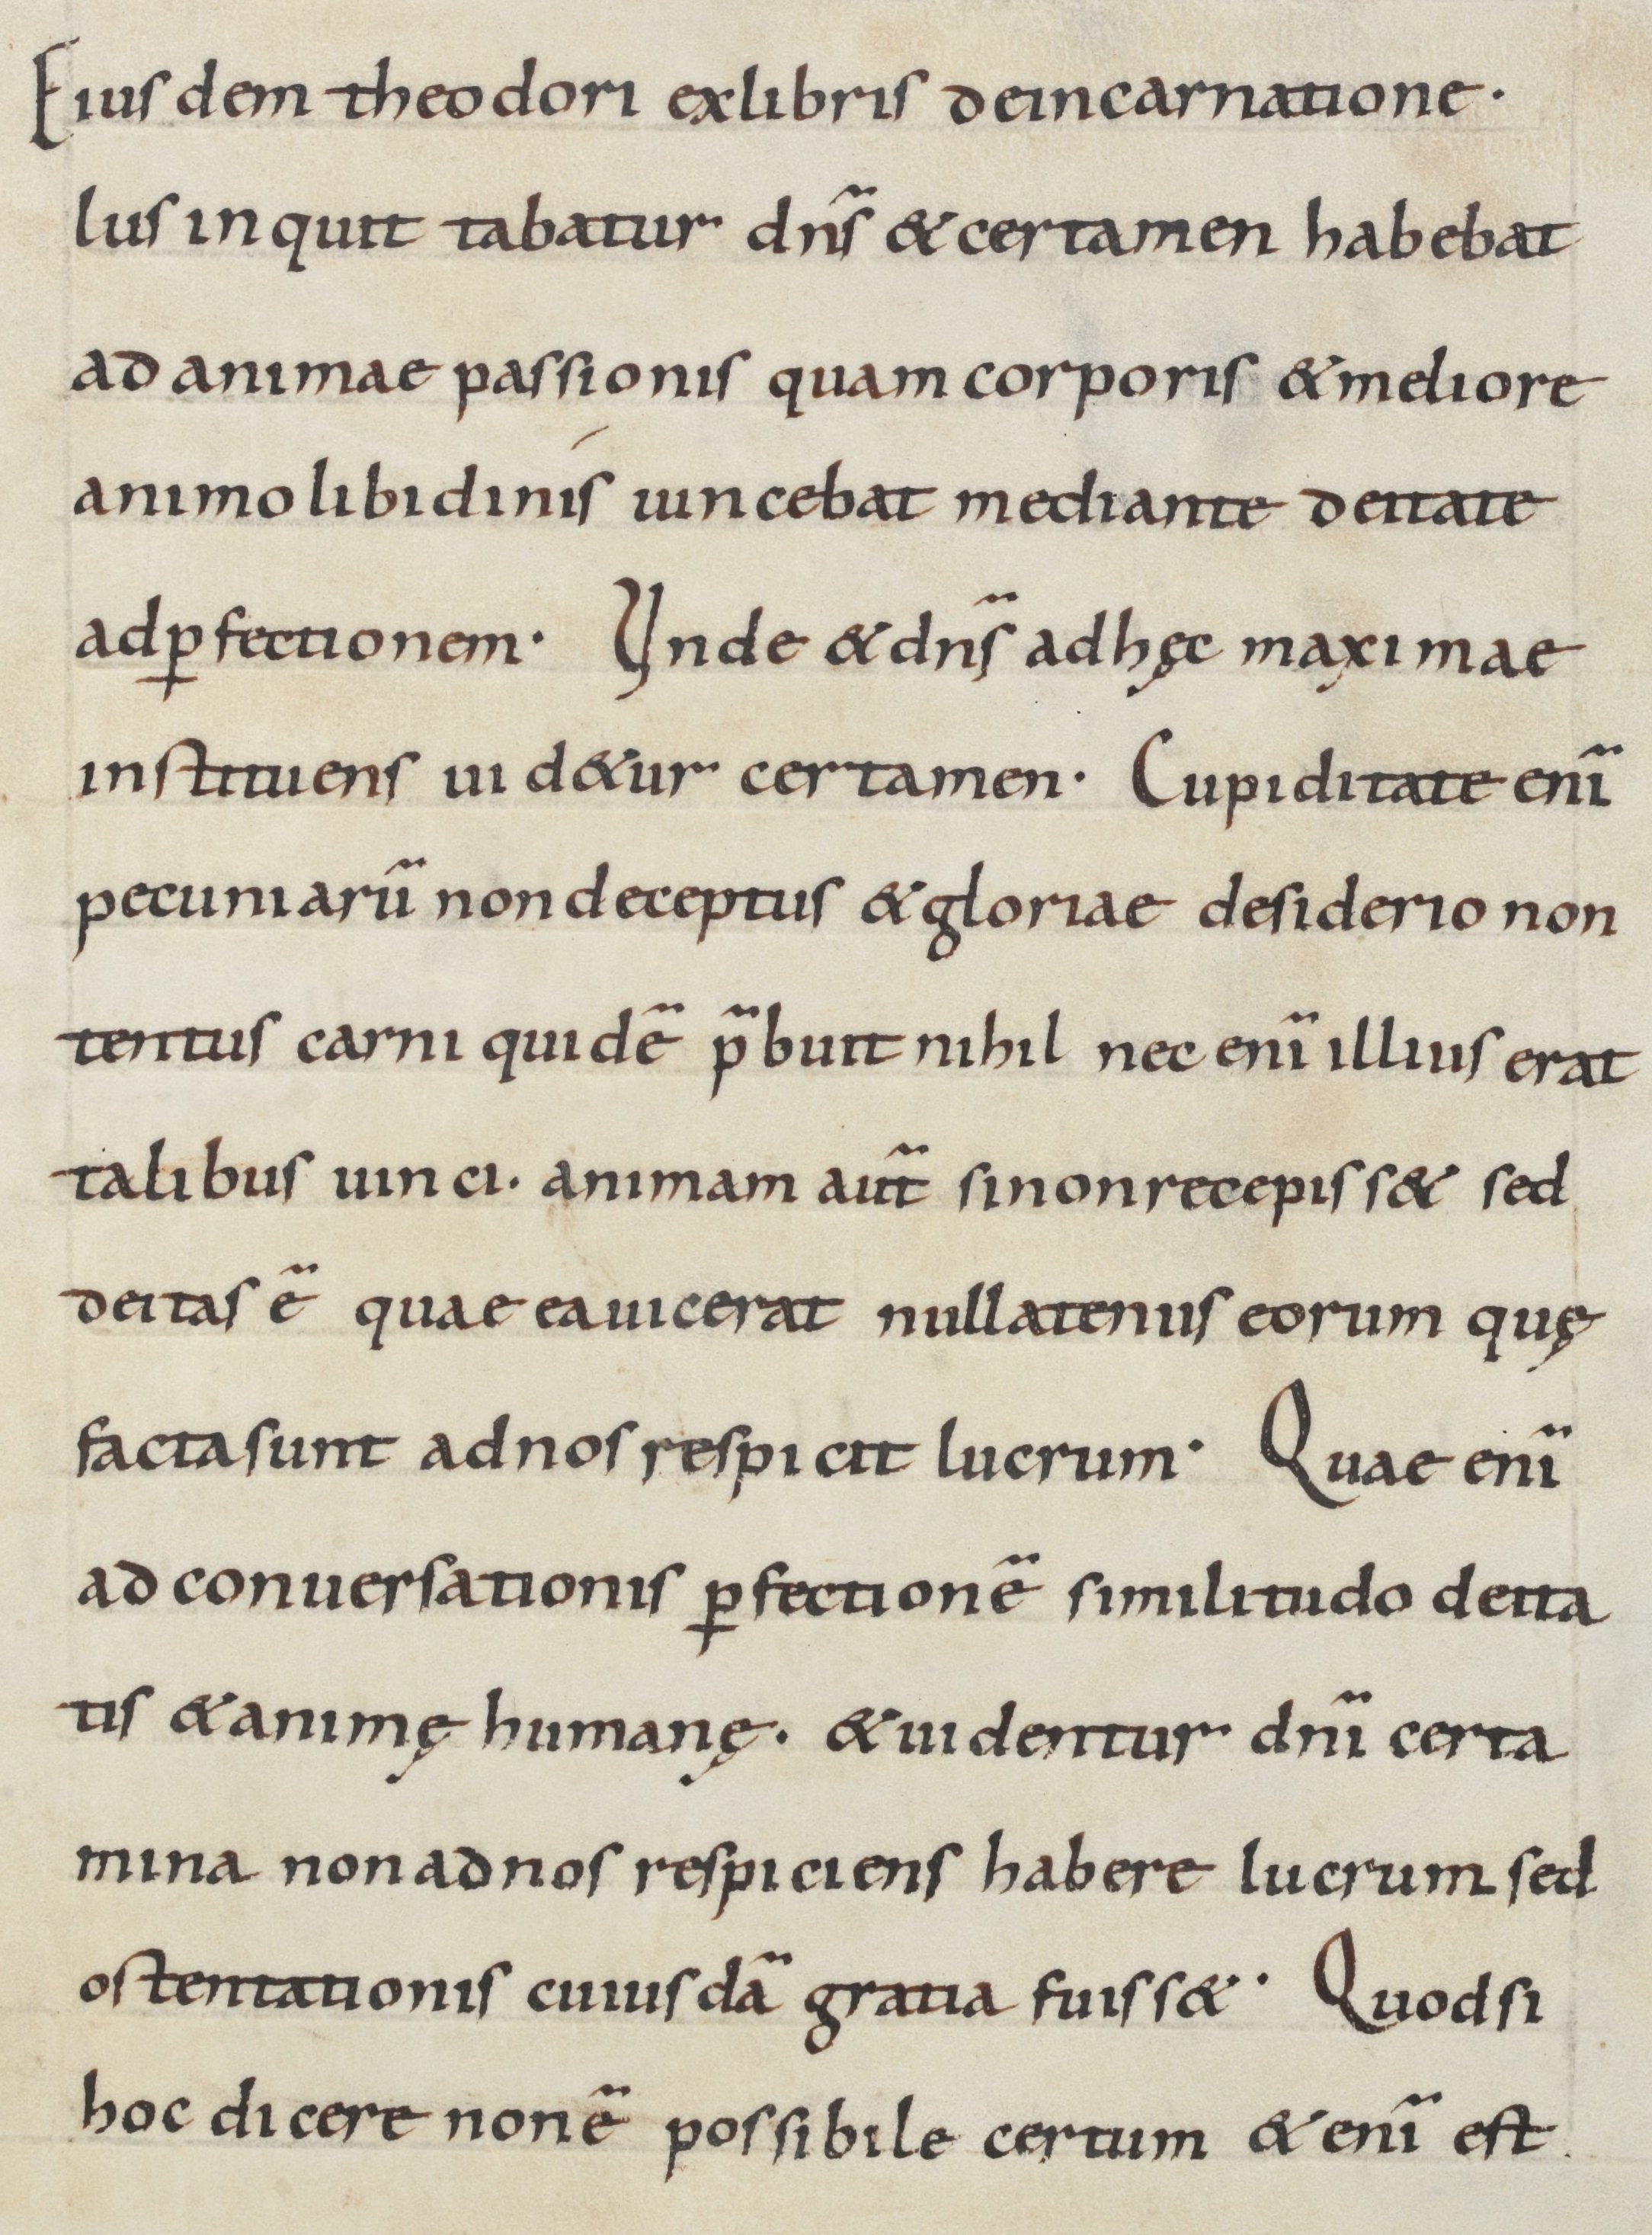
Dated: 800–899